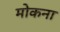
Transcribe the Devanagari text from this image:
मोकना